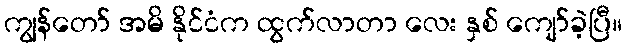
ကျွန်တော် အမိ နိုင်ငံက ထွက်လာတာ လေး နှစ် ကျော်ခဲ့ပြီ။